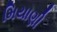
મિયાણી